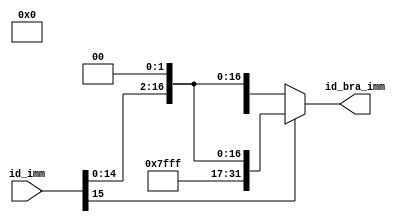
module Ext_Branch(
	input [15:0]id_imm,
	output [31:0]id_bra_imm
);

	assign id_bra_imm = (id_imm[15]==1'b1) ? {2'b11, 12'hfff, id_imm , 2'b00} : {14'd0, id_imm, 2'b00};

endmodule